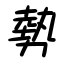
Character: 勢